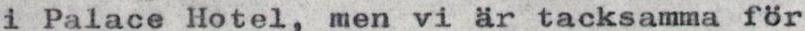
i Palace Hotel, men vi är tacksamma för